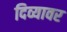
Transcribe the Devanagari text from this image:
दिव्यावर